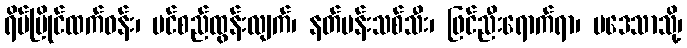
ရိပ်မြိုင်ထက်ဝန်း၊ ပင်စည်ထွန်းလျက်၊ နတ်ပန်းသစ်သီး၊ ဖြင်ညီးရောက်ရာ၊ ပဒေသာသို့၊